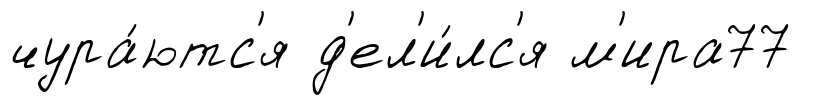
чура́ютс'я д'ел'и́лс'я м'ира77